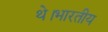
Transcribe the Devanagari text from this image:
थे।भारतीय